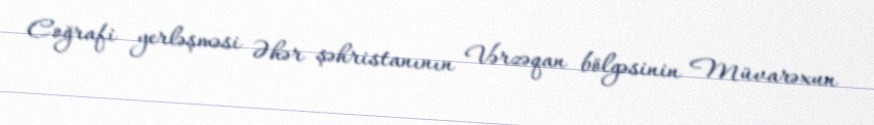
Coğrafi yerləşməsi Əhər şəhristanının Vərzəqan bölgəsinin Müvarəxun